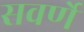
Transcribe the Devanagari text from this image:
सवर्णे